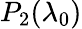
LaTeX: P_{2}(\lambda_{0})